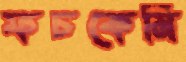
ফচকেমি